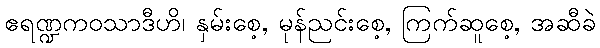
ဧရဏ္ဍကဝသာဒီဟိ၊ နှမ်းစေ့, မုန်ညင်းစေ့, ကြက်ဆူစေ့, အဆီခဲ